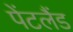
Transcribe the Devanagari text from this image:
पेंटलैंड